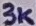
Text: 3K